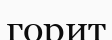
горит